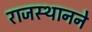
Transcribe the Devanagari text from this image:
राजस्थानने